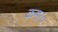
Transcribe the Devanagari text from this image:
कमा०